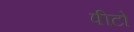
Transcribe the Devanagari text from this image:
पीटो